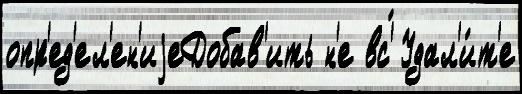
опр'ед'ел'ен'иjеДобав'ить н'е вс'́ Удал'и́т'е